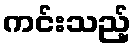
ကင်းသည့်